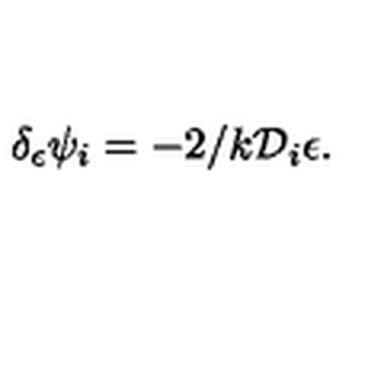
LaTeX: \delta _ { \epsilon } \psi _ { i } = - 2 / k { \cal D } _ { i } \epsilon .